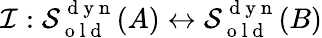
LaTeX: \mathcal{I}:\mathcal{S}_{\mathrm{~o~l~d~}}^{\mathrm{~d~y~n~}}(A)\leftrightarrow\mathcal{S}_{\mathrm{~o~l~d~}}^{\mathrm{~d~y~n~}}(B)